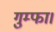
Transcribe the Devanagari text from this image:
गुम्फा।